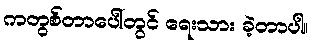
ကတွစ်တာပေါ်တွင် ရေးသား ခဲ့တာပါ။